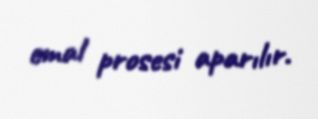
emal prosesi aparılır.